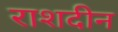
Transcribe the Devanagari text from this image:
राशदीन